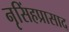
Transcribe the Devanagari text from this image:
नृसिंहप्रासाद